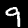
Label: 9